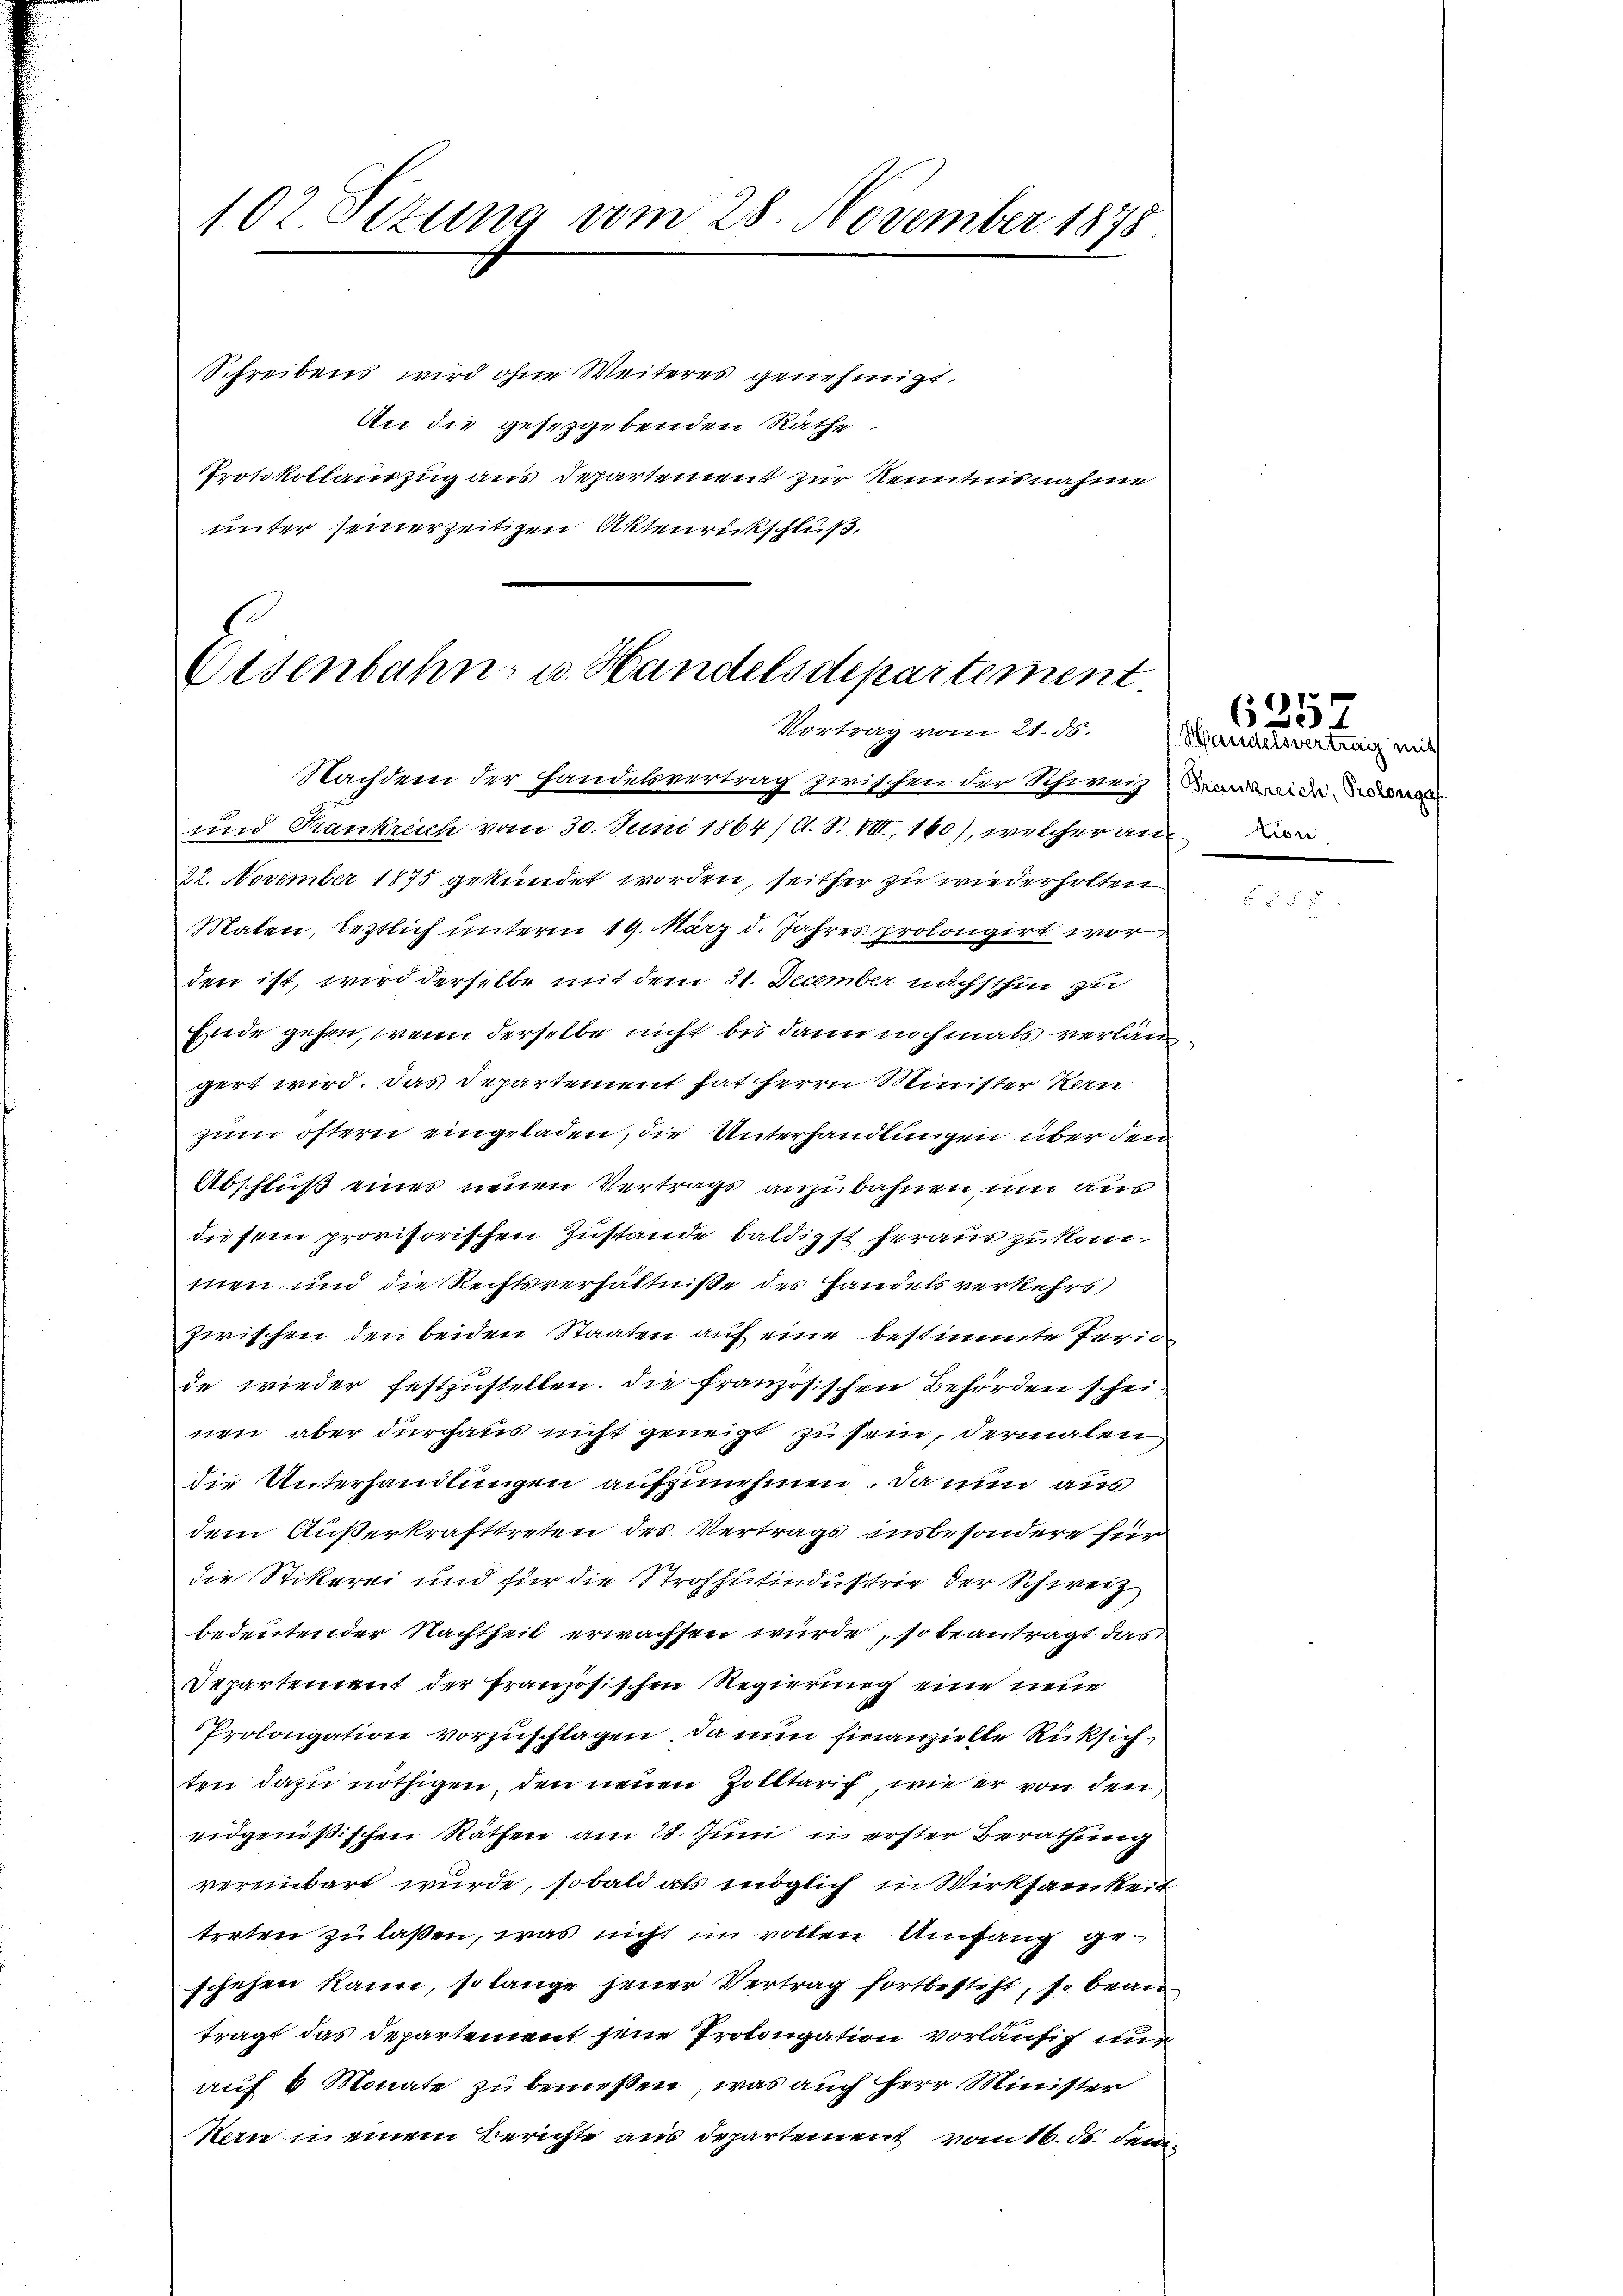
102 Sizung vom 28. November 1878

Schreibens wird ohne Weiteres genehmigt.
An die gesetzgebenden Räthe
Protokollauszug aus Departement zur Kenntnisnahme
unter seiner zeitigen Aktenrickschluß.

Osenbahn, u. Handelsdepartement.
Vortrag vom 21. ds.
Nachdem der Handesvertrag zwischen der Schweiz dawider

und Frankreich vom 30. Juni 1864 /d. S. VIII, 160), welcher an
22. November 1875 gekündet worden, seither zu wiederholten
Malen, letztlich unterm 19. März d. Jahres prolongirt worden ist, wird derselbe mit dem 31. December nächsthin zu
Ende gehen, wenn derselbe nicht bis dann nochmals verlangert wird. Das Departement hat Herrn Minister Kern
zum öftern eingeladen, die Unterhandlungen über den
Abschluß eines neuen Vertrags anzubahnen, um aus
diesem provisorischen Zustande baldigst heraus zu kommen und die Rechtsverhältniße des Handels verkehrs
zwischen den beiden Staaten auf eine bestimmte Peride wieder festzustellen. Die französischen Behörden scheinen, aber durchaus nicht geneigt zu sein, dermalen
die Unterhandlungen aufzunehmen. Da nun aus
dem Außerkrafttreten des Vertrags insbesondere für
die Stikerei und für die Strohhutindustrie der Schweiz
bedeutender Nachtheit erwachsen würde, so beantragt das
Departement der französischen Regierung eine neue
Prolongation vorzuschlagen, da nun finanzielle Rücksich,
ten dazu nöthigen, den neuen Zolltarif, wie er von den
eidgenößischen Räthen am 28. Juni in erster Berathung
vereinbart wurde, sobald als möglich in Wirksamkeit
treten zu laßen, was nicht im vollen Umfang geschehen kann, so lange jener Vertrag fortbesteht, so beantragt das Departement jene Prolongation vorläufig nur
auf 6 Monate zu bemessen, was auch Herr Minister
Kern in einem Berichte aus Departement vom 16. ds. dem

Handelsvertrag mit

6257